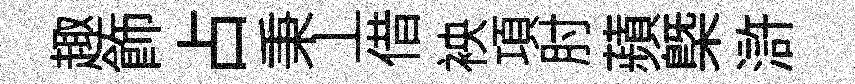
趣飾占秉丄借䘧項肘蘋㮣滸